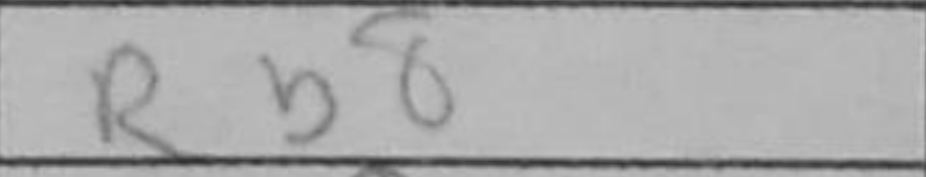
Transcription: Rb8